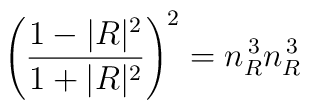
\left( \frac{1 - |R|^2}{1 + |R|^2} \right)^2 = n_R^{\, 3} n_R^{\, 3}